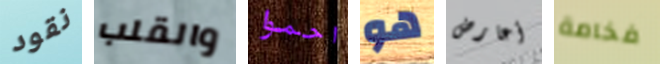
نقود والقلب احموا هو أعارض فخامة